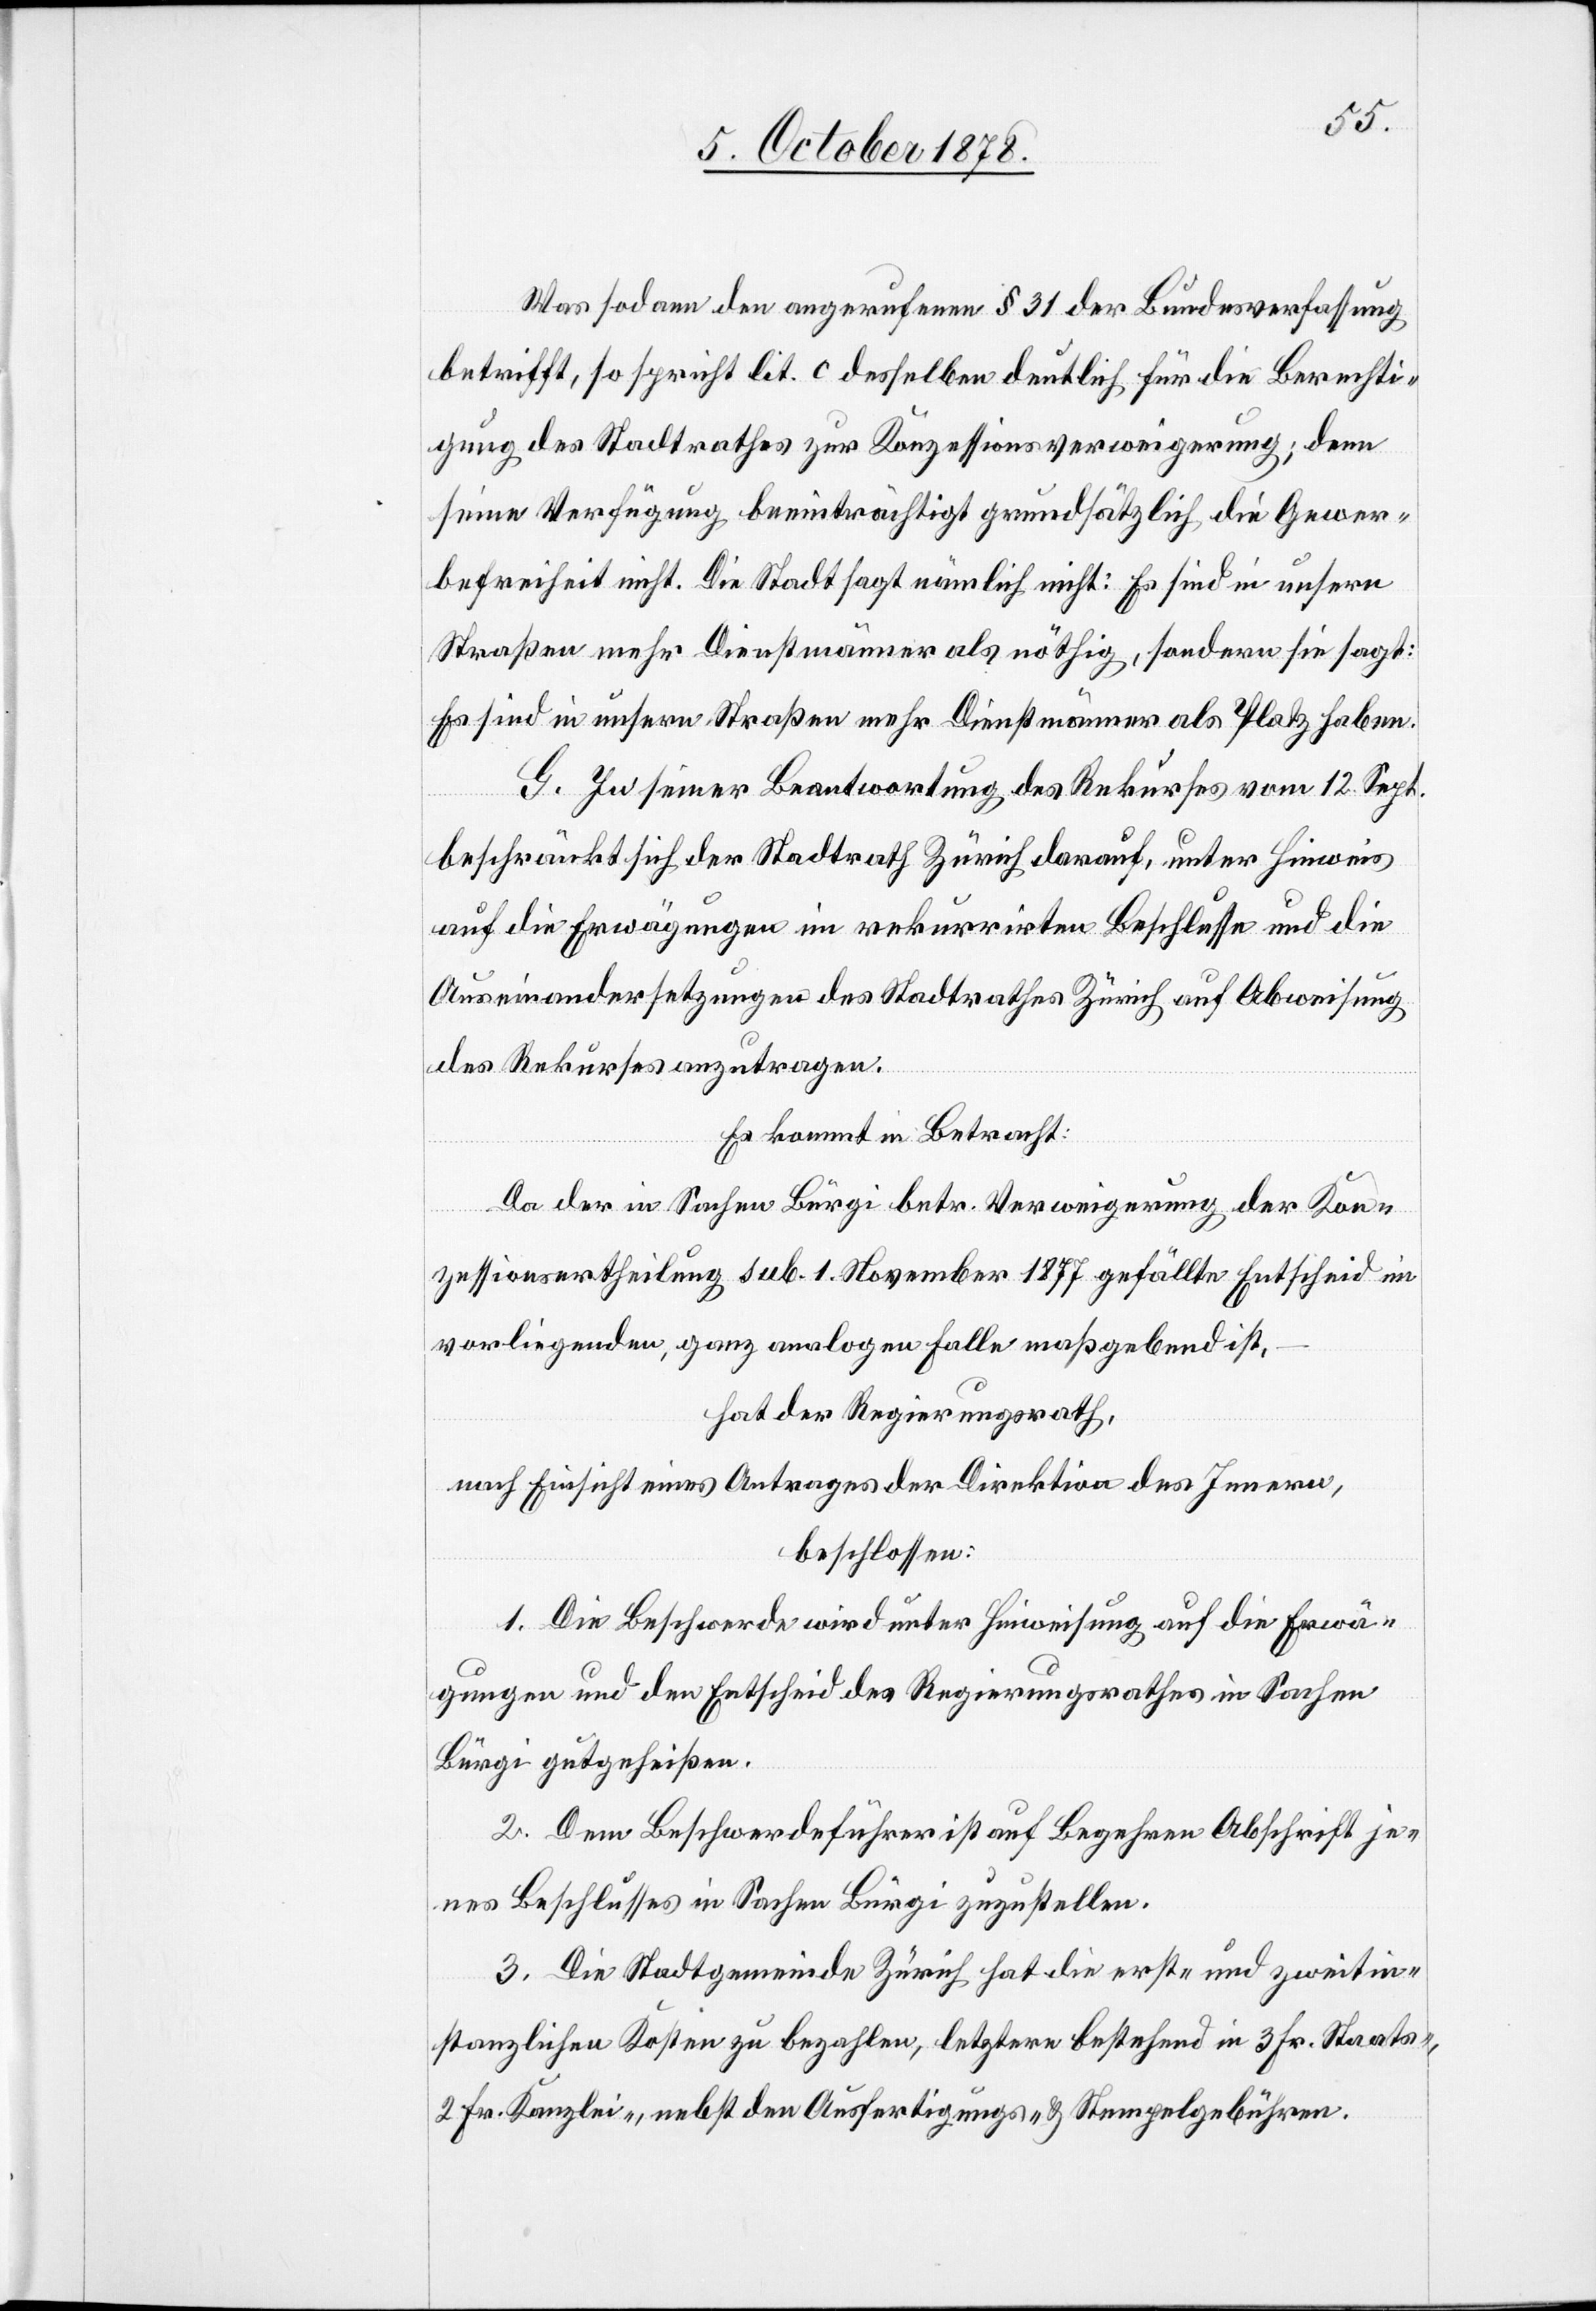
Was sodann den angerufenen § 31 der Bundesverfassung
betrifft, so spricht lit. c. desselben deutlich für die Berechti¬
gung des Stadtrathes zur Konzessionsverweigerung; denn
seine Verfügung beeinträchtigt grundsätzlich die Gewer¬
befreiheit nicht. Die Stadt sagt nämlich nicht: Es sind in unsern
Straßen mehr Dienstmänner als nöthig, sondern sie sagt:
Es sind in unsern Straßen mehr Dienstmänner als Platz haben.
G. In seiner Beantwortung des Rekurses vom 12. Sept.
beschränkt sich der Stadtrath Zürich darauf, unter Hinweis
auf die Erwägungen in rekurrirten Beschlusse und die
Auseinandersetzungen des Stadtrathes Zürich auf Abweisung
des Rekurses anzutragen.
Es kommt in Betracht:
Da der in Sachen Bürgi betr. Verweigerung der Kon¬
zessionsertheilung sub. 1. November 1877 gefällte Entscheid im
vorliegenden, ganz analogen Falle maßgebend ist,
hat der Regierungsrath,
nach Einsicht eines Antrages der Direktion des Innern,
beschlossen:
1. Die Beschwerde wird unter Hinweisung auf die Erwä¬
gungen und den Entscheid des Regierungsrathes in Sachen
Bürgi gutgeheißen.
2. Dem Beschwerdeführer ist auf Begehren Abschrift je¬
nes Beschlusses in Sachen Bürgi zuzustellen.
3. Die Stadtgemeinde Zürich hat die erst- und zweitin¬
stanzlichen Kosten zu bezahlen, letztere bestehend in 3 Fr. Staats-,
2 Fr. Kanzlei-, nebst den Ausfertigungs- & Stempelgebühren.